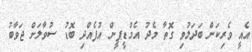
އެއީ ވެރިކަން ބަދަލުވި ގޮތާ މެދު އެމްޑީޕީން އުފެއްދި ބޮޑު ސުވާލަށް ޖަވާބު